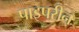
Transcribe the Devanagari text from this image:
पाइपरीन